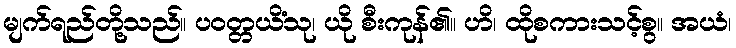
မျက်ရည်တို့သည်။ ပဝတ္တယိံသု၊ ယို စီးကုန်၏။ ဟိ၊ ထိုစကားသင့်စွ။ အယံ၊